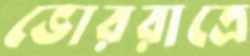
ভোররাত্রে